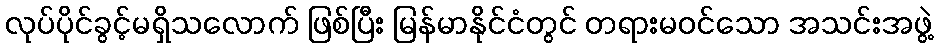
လုပ်ပိုင်ခွင့်မရှိသလောက် ဖြစ်ပြီး မြန်မာနိုင်ငံတွင် တရားမဝင်သော အသင်းအဖွဲ့